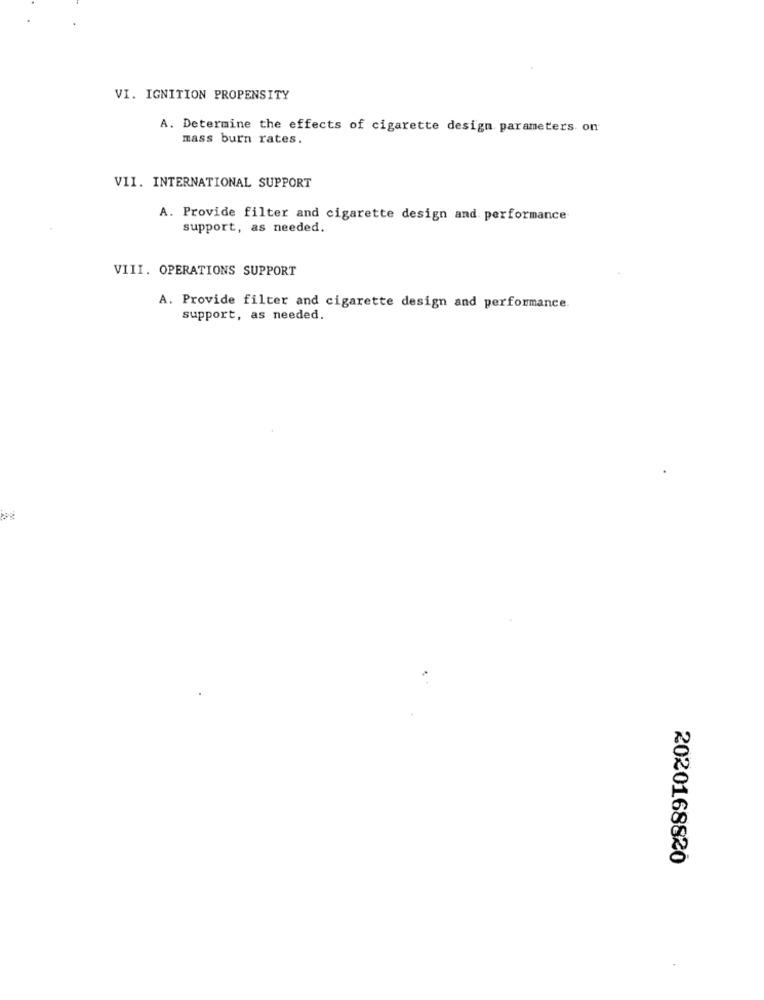
VI. IGNITION PROPENSITY
A. Determine the effects of cigarette design parameters on
mass burn rates.
VII. INTERNATIONAL SUPPORT
A. Provide filter and cigarette design and performance
support, as needed.
VIII. OPERATIONS SUPPORT
A. Provide filter and cigarette design and performance
support, as needed.
2020168820